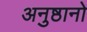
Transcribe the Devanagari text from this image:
अनुष्ठानो